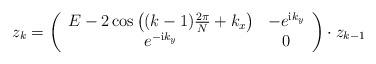
LaTeX: \begin{align*}z_k=\left(\begin{array}{cc} E-2\cos\left((k-1)\frac{2\pi}{N}+k_x\right) & -e^{{\mathrm i}k_y}\\ e^{-{\mathrm i}k_y} & 0\\ \end{array}\right)\cdot z_{k-1}\end{align*}